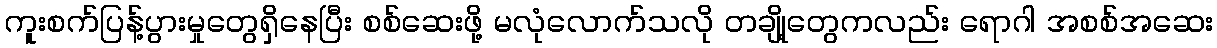
ကူးစက်ပြန့်ပွားမှုတွေရှိနေပြီး စစ်ဆေးဖို့ မလုံလောက်သလို တချို့တွေကလည်း ရောဂါ အစစ်အဆေး